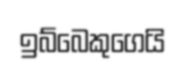
ඉබ්බෙකුගෙයි